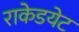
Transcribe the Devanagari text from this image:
राकेडयेट